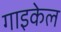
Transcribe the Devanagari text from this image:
गाइकेल